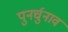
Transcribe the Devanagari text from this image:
पुनर्चुनाव